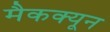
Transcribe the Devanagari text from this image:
मैकक्यून